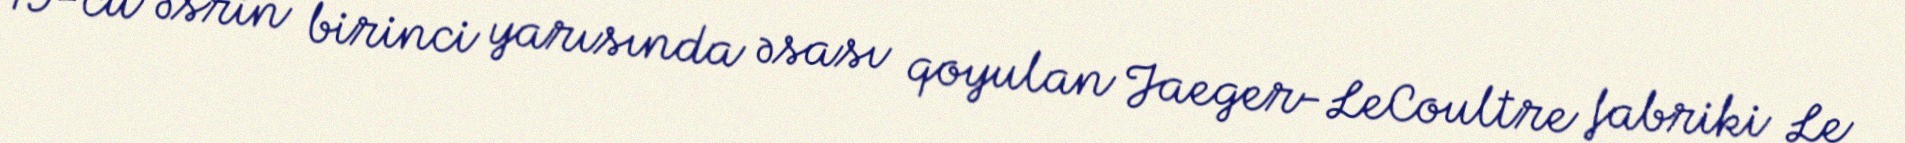
19-cu əsrin birinci yarısında əsası qoyulan Jaeger-LeCoultre fabriki Le